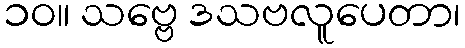
၁၀။ သဗ္ဗေ ဒသဗလူပေတာ၊